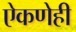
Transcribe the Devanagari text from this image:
ऐकणेही